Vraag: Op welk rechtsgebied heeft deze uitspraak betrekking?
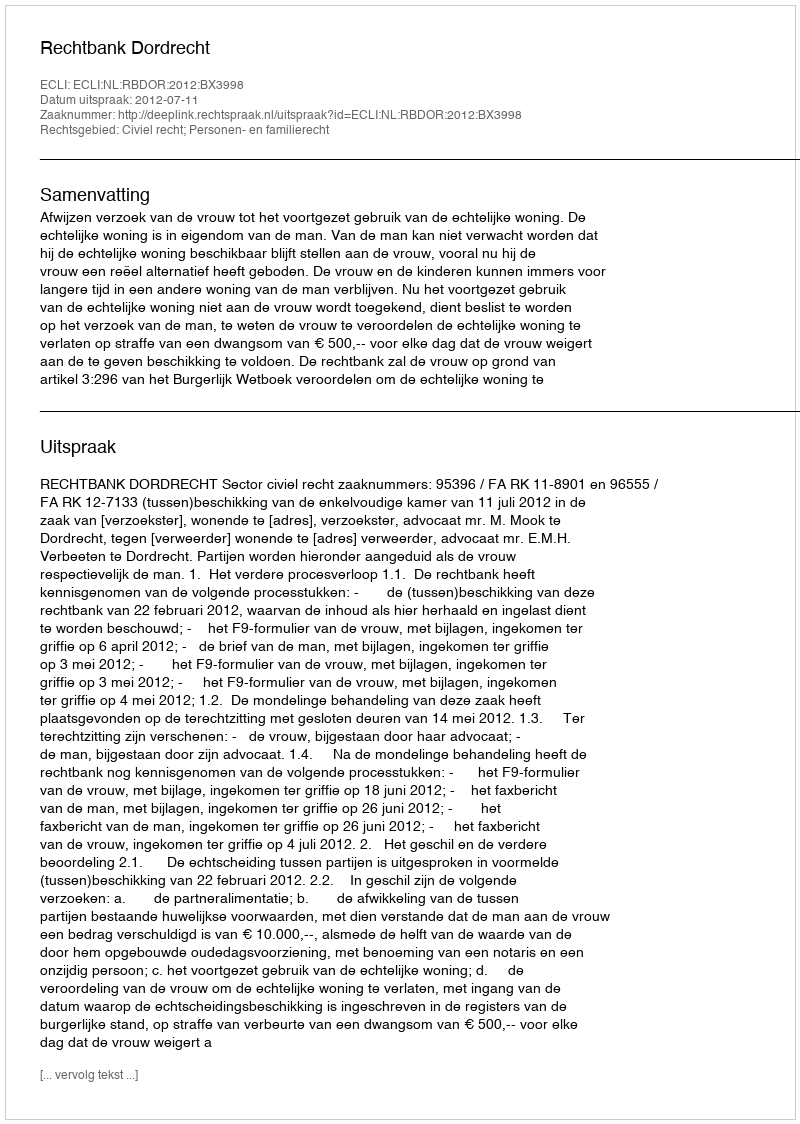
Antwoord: Civiel recht; Personen- en familierecht